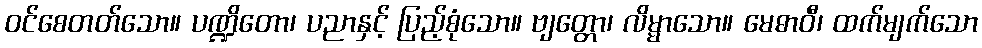
ဝင်စေတတ်သော။ ပဏ္ဍိတော၊ ပညာနှင့် ပြည့်စုံသော။ ဗျတ္တော၊ လိမ္မာသော။ မေဓာဝီ၊ ထက်မျက်သော